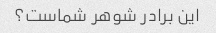
این برادر شوهر شماست؟